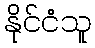
နိုင်ငံသူ